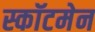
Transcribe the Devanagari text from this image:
स्कॉटमेन